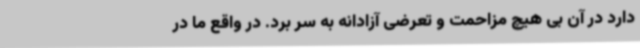
دارد در آن بی هیچ مزاحمت و تعرضی آزادانه به‌ سر برد. در واقع ما در